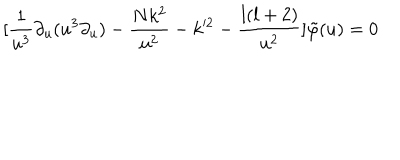
LaTeX: [ \frac { 1 } { u ^ { 3 } } \partial _ { u } ( u ^ { 3 } \partial _ { u } ) - \frac { N k ^ { 2 } } { u ^ { 2 } } - k ^ { 2 } - \frac { l ( l + 2 ) } { u ^ { 2 } } ] \tilde { \varphi } ( u ) = 0